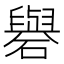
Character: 礜